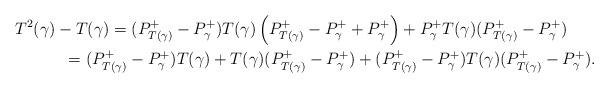
LaTeX: \begin{align*} \MoveEqLeft T^2(\gamma)-T(\gamma)=(P^+_{T(\gamma)}-P^+_\gamma)T(\gamma)\left(P^+_{T(\gamma)}-P^+_{\gamma}+P^+_{\gamma}\right)+P^+_\gamma T(\gamma)(P^+_{T(\gamma)}-P^+_\gamma)\\ &\quad=(P^+_{T(\gamma)}-P^+_\gamma)T(\gamma)+ T(\gamma)(P^+_{T(\gamma)}-P^+_\gamma)+(P^+_{T(\gamma)}-P^+_\gamma)T(\gamma)(P^+_{T(\gamma)}-P^+_\gamma).\end{align*}